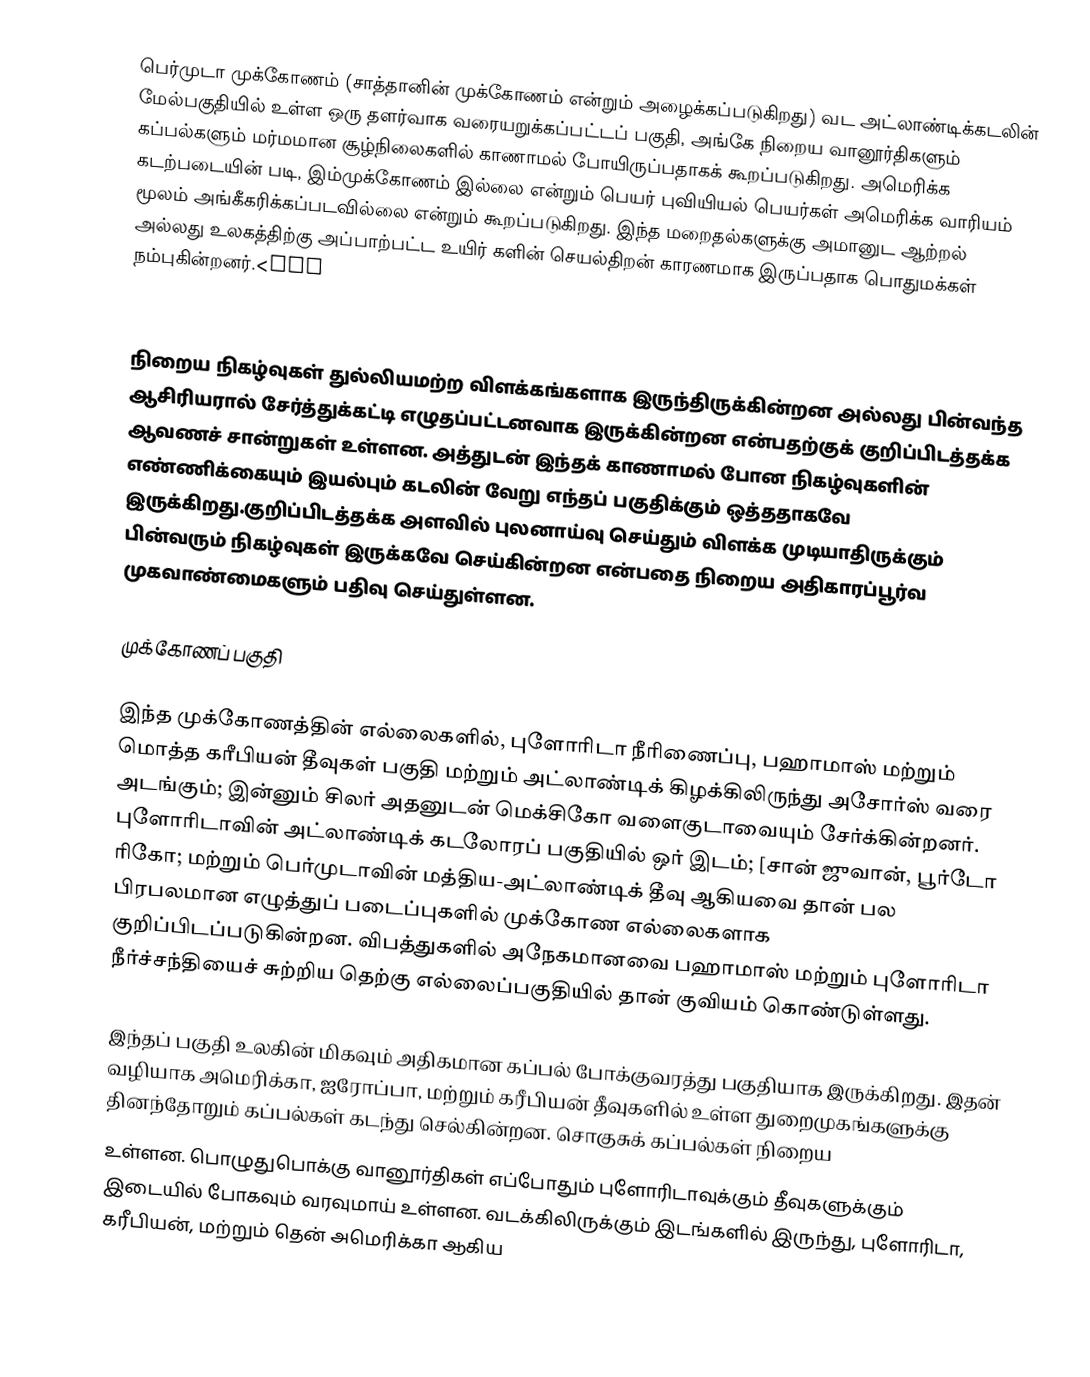
பெர்முடா முக்கோணம் (சாத்தானின் முக்கோணம் என்றும் அழைக்கப்படுகிறது) வட அட்லாண்டிக்கடலின் மேல்பகுதியில் உள்ள ஒரு தளர்வாக வரையறுக்கப்பட்டப் பகுதி, அங்கே நிறைய வானூர்திகளும் கப்பல்களும் மர்மமான சூழ்நிலைகளில் காணாமல் போயிருப்பதாகக் கூறப்படுகிறது. அமெரிக்க கடற்படையின் படி, இம்முக்கோணம் இல்லை என்றும் பெயர் புவியியல் பெயர்கள் அமெரிக்க வாரியம் மூலம் அங்கீகரிக்கப்படவில்லை என்றும் கூறப்படுகிறது. இந்த மறைதல்களுக்கு அமானுட ஆற்றல் அல்லது உலகத்திற்கு அப்பாற்பட்ட உயிர் களின் செயல்திறன் காரணமாக இருப்பதாக பொதுமக்கள் நம்புகின்றனர்.<ref
name="Cochran,2003"></ref>

நிறைய நிகழ்வுகள் துல்லியமற்ற விளக்கங்களாக இருந்திருக்கின்றன அல்லது பின்வந்த ஆசிரியரால் சேர்த்துக்கட்டி எழுதப்பட்டனவாக இருக்கின்றன என்பதற்குக் குறிப்பிடத்தக்க ஆவணச் சான்றுகள் உள்ளன. அத்துடன் இந்தக் காணாமல் போன நிகழ்வுகளின் எண்ணிக்கையும் இயல்பும் கடலின் வேறு எந்தப் பகுதிக்கும் ஒத்ததாகவே இருக்கிறது.குறிப்பிடத்தக்க அளவில் புலனாய்வு செய்தும் விளக்க முடியாதிருக்கும் பின்வரும் நிகழ்வுகள் இருக்கவே செய்கின்றன என்பதை நிறைய அதிகாரப்பூர்வ முகவாண்மைகளும் பதிவு செய்துள்ளன.

முக்கோணப் பகுதி

இந்த முக்கோணத்தின் எல்லைகளில், புளோரிடா நீரிணைப்பு, பஹாமாஸ் மற்றும் மொத்த கரீபியன் தீவுகள் பகுதி மற்றும் அட்லாண்டிக் கிழக்கிலிருந்து அசோர்ஸ் வரை அடங்கும்; இன்னும் சிலர்  அதனுடன் மெக்சிகோ வளைகுடாவையும் சேர்க்கின்றனர். புளோரிடாவின் அட்லாண்டிக் கடலோரப் பகுதியில் ஒர் இடம்; [சான் ஜுவான், பூர்டோ ரிகோ; மற்றும் பெர்முடாவின் மத்திய-அட்லாண்டிக் தீவு ஆகியவை தான் பல பிரபலமான எழுத்துப் படைப்புகளில் முக்கோண எல்லைகளாக குறிப்பிடப்படுகின்றன.  விபத்துகளில் அநேகமானவை பஹாமாஸ் மற்றும் புளோரிடா நீர்ச்சந்தியைச் சுற்றிய தெற்கு எல்லைப்பகுதியில் தான் குவியம் கொண்டுள்ளது.

இந்தப் பகுதி உலகின் மிகவும் அதிகமான கப்பல் போக்குவரத்து பகுதியாக இருக்கிறது. இதன் வழியாக அமெரிக்கா, ஐரோப்பா, மற்றும் கரீபியன் தீவுகளில் உள்ள துறைமுகங்களுக்கு தினந்தோறும் கப்பல்கள் கடந்து செல்கின்றன. சொகுசுக் கப்பல்கள் நிறைய
உள்ளன. பொழுதுபொக்கு வானூர்திகள் எப்போதும் புளோரிடாவுக்கும் தீவுகளுக்கும் இடையில் போகவும் வரவுமாய் உள்ளன. வடக்கிலிருக்கும் இடங்களில் இருந்து, புளோரிடா, கரீபியன், மற்றும் தென் அமெரிக்கா ஆகிய